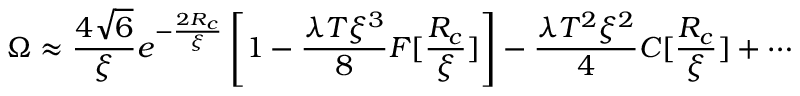
\Omega \approx \frac { 4 \sqrt { 6 } } { \xi } e ^ { - \frac { 2 R _ { c } } { \xi } } \left[ 1 - \frac { \lambda T \xi ^ { 3 } } { 8 } F [ \frac { R _ { c } } { \xi } ] \right] - \frac { \lambda T ^ { 2 } \xi ^ { 2 } } { 4 } C [ \frac { R _ { c } } { \xi } ] + \cdots